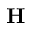
\textbf { H }